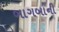
બાગબાની